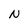
Character: N